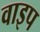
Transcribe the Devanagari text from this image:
वाइप